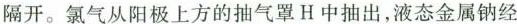
隔开。氯气从阳极上方的抽气罩H中抽出，液态金属钠经